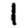
Digit: 1